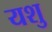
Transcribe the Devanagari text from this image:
यशु